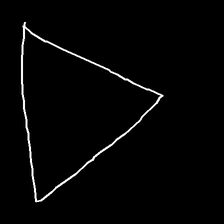
Glyph: convergence